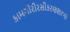
કામગીરીરસીકરણશાળા